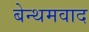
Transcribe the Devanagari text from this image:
बेन्थमवाद